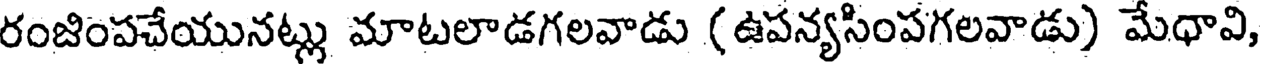
రంజింపచేయునట్లు మాటలాడగలవాడు (ఉపన్యసింపగలవాడు) మేధావి,